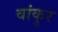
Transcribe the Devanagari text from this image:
वांकुर